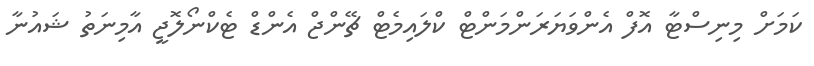
ކަމަށް މިނިސްޓާ އޮފް އެންވަޔަރަންމަންޓް ކްލައިމެޓް ޗޭންޖް އެންޑް ޓެކްނޯލޮޖީ އާމިނަތު ޝައުނާ